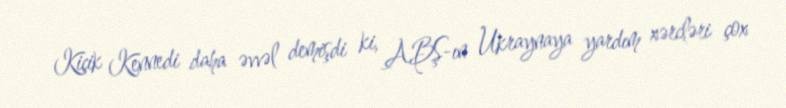
Kiçik Kennedi daha əvvəl demişdi ki, ABŞ-ın Ukraynaya yardım xərcləri çox